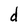
Character: d